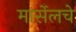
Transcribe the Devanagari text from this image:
मार्सेलचे